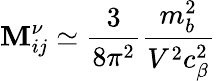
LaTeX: \mathbf{M}_{ij}^{\nu}\simeq\frac{{3}}{{8\pi^{2}}}\frac{{m_{b}^{2}}}{{V^{2}c_{\beta}^{2}}}